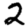
Digit: 2